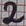
Text: 2